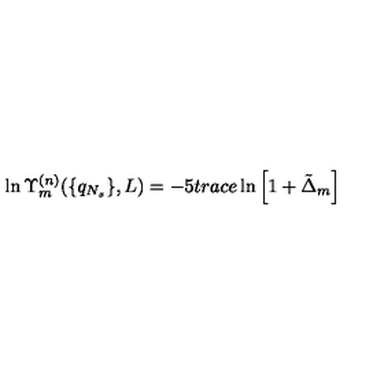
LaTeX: \ln \Upsilon _ { m } ^ { ( n ) } ( \{ q _ { N _ { s } } \} , L ) = - 5 t r a c e \ln \left[ 1 + \tilde { \Delta } _ { m } \right]